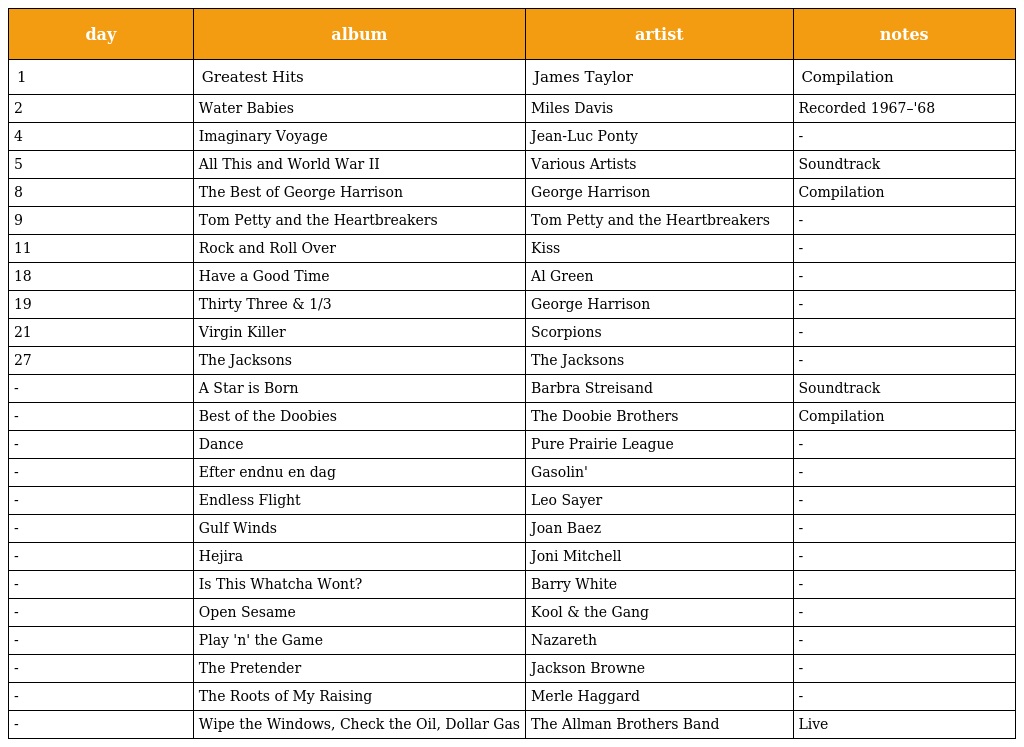
| day | album | artist | notes |
 | --- | --- | --- | --- |
 | 1 | Greatest Hits | James Taylor | Compilation |
 | 2 | Water Babies | Miles Davis | Recorded 1967–'68 |
 | 4 | Imaginary Voyage | Jean-Luc Ponty | - |
 | 5 | All This and World War II | Various Artists | Soundtrack |
 | 8 | The Best of George Harrison | George Harrison | Compilation |
 | 9 | Tom Petty and the Heartbreakers | Tom Petty and the Heartbreakers | - |
 | 11 | Rock and Roll Over | Kiss | - |
 | 18 | Have a Good Time | Al Green | - |
 | 19 | Thirty Three & 1/3 | George Harrison | - |
 | 21 | Virgin Killer | Scorpions | - |
 | 27 | The Jacksons | The Jacksons | - |
 | - | A Star is Born | Barbra Streisand | Soundtrack |
 | - | Best of the Doobies | The Doobie Brothers | Compilation |
 | - | Dance | Pure Prairie League | - |
 | - | Efter endnu en dag | Gasolin' | - |
 | - | Endless Flight | Leo Sayer | - |
 | - | Gulf Winds | Joan Baez | - |
 | - | Hejira | Joni Mitchell | - |
 | - | Is This Whatcha Wont? | Barry White | - |
 | - | Open Sesame | Kool & the Gang | - |
 | - | Play 'n' the Game | Nazareth | - |
 | - | The Pretender | Jackson Browne | - |
 | - | The Roots of My Raising | Merle Haggard | - |
 | - | Wipe the Windows, Check the Oil, Dollar Gas | The Allman Brothers Band | Live |